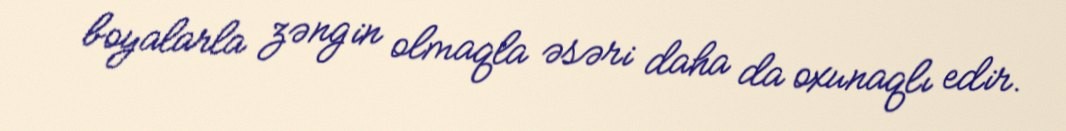
boyalarla zəngin olmaqla əsəri daha da oxunaqlı edir.